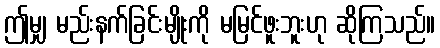
ဤမျှ မည်းနက်ခြင်းမျိုးကို မမြင်ဖူးဘူးဟု ဆိုကြသည်။